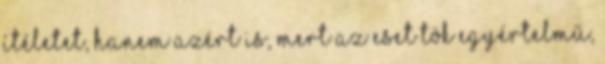
ítéletet, hanem azért is, mert az eset tök egyértelmű,